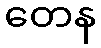
တေန